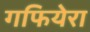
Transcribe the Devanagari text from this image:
गफियेरा